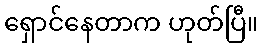
ရှောင်နေတာက ဟုတ်ပြီ။